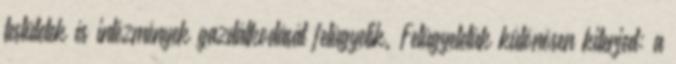
testületek és intézmények gazdálkodását felügyelik. Felügyeletük különösen kiterjed: a